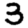
Digit: 3